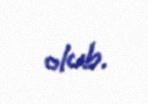
olub.